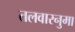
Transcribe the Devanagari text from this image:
तलवारनुमा